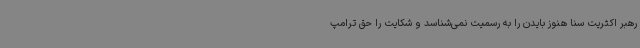
رهبر اکثریت سنا هنوز بایدن را به رسمیت نمی‌شناسد و شکایت را حق ترامپ